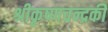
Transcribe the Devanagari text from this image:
श्रीकृष्णचन्द्रकी